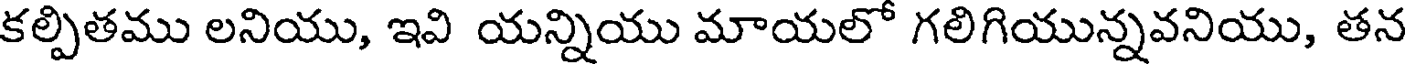
కల్పితము లనియు, ఇవి యన్నియు మాయలో గలిగియున్నవనియు, తన